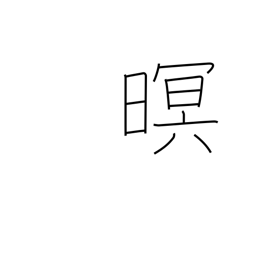
Meaning: dark